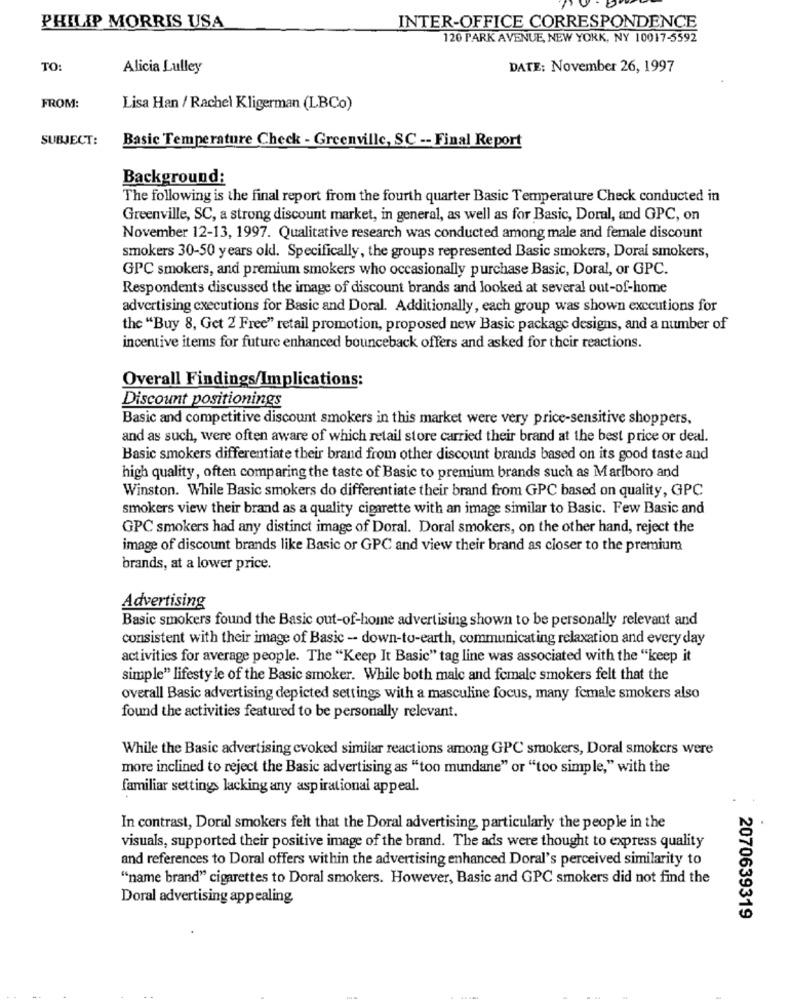
PHILIP MORRIS USA
INTER-OFFICE CORRESPONDENCE
120 PARK AVENUE, NEW YORK, NY 10017-5592
TO:
Alicia Lulley
DATE: November 26, 1997
FROM:
Lisa Han / Rachel Kligerman (LBCo)
SUBJECT:
Basic Temperature Check - Greenville, SC -- Final Report
Background:
The following is the final report from the fourth quarter Basic Temperature Check conducted in
Greenville, SC, a strong discount market, in general, as well as for Basic, Doral, and GPC, on
November 12-13, 1997. Qualitative research was conducted among male and female discount
smokers 30-50 years old. Specifically, the groups represented Basic smokers, Doral smokers,
GPC smokers, and premium smokers who occasionally purchase Basic, Doral, or GPC.
Respondents discussed the image of discount brands and looked at several out-of-home
advertising executions for Basic and Doral. Additionally, each group was shown executions for
the "Buy 8, Get 2 Free" retail promotion, proposed new Basic package designs, and a number of
incentive items for future enhanced bounceback offers and asked for their reactions.
Overall Findings/Implications:
Discount positionings
Basic and competitive discount smokers in this market were very price-sensitive shoppers,
and as such, were often aware of which retail store carried their brand at the best price or deal.
Basic smokers differentiate their brand from other discount brands based on its good taste and
high quality, often comparing the taste of Basic to premium brands such as Marlboro and
Winston. While Basic smokers do differentiate their brand from GPC based on quality, GPC
smokers view their brand as a quality cigarette with an image similar to Basic. Few Basic and
GPC smokers had any distinct image of Doral. Doral smokers, on the other hand, reject the
image of discount brands like Basic or GPC and view their brand as closer to the premium
brands, at a lower price.
Advertising
Basic smokers found the Basic out-of-home advertising shown to be personally relevant and
consistent with their image of Basic - down-to-earth, communicating relaxation and every day
activities for average people. The "Keep It Basic" tag line was associated with the "keep it
simple" lifesty le of the Basic smoker. While both male and female smokers felt that the
overall Basic advertising depicted settings with a masculine focus, many female smokers also
found the activities featured to be personally relevant.
While the Basic advertising cvoked similar reactions among GPC smokers, Doral smokers were
more inclined to reject the Basic advertising as "too mundane" or "too simple," with the
familiar settings lacking any aspirational appeal.
In contrast, Doral smokers felt that the Doral advertising, particularly the people in the
visuals, supported their positive image of the brand. The ads were thought to express quality
and references to Doral offers within the advertising enhanced Doral's perceived similarity to
"name brand" cigarettes to Doral smokers. However, Basic and GPC smokers did not find the
Doral advertising appealing
2070639319